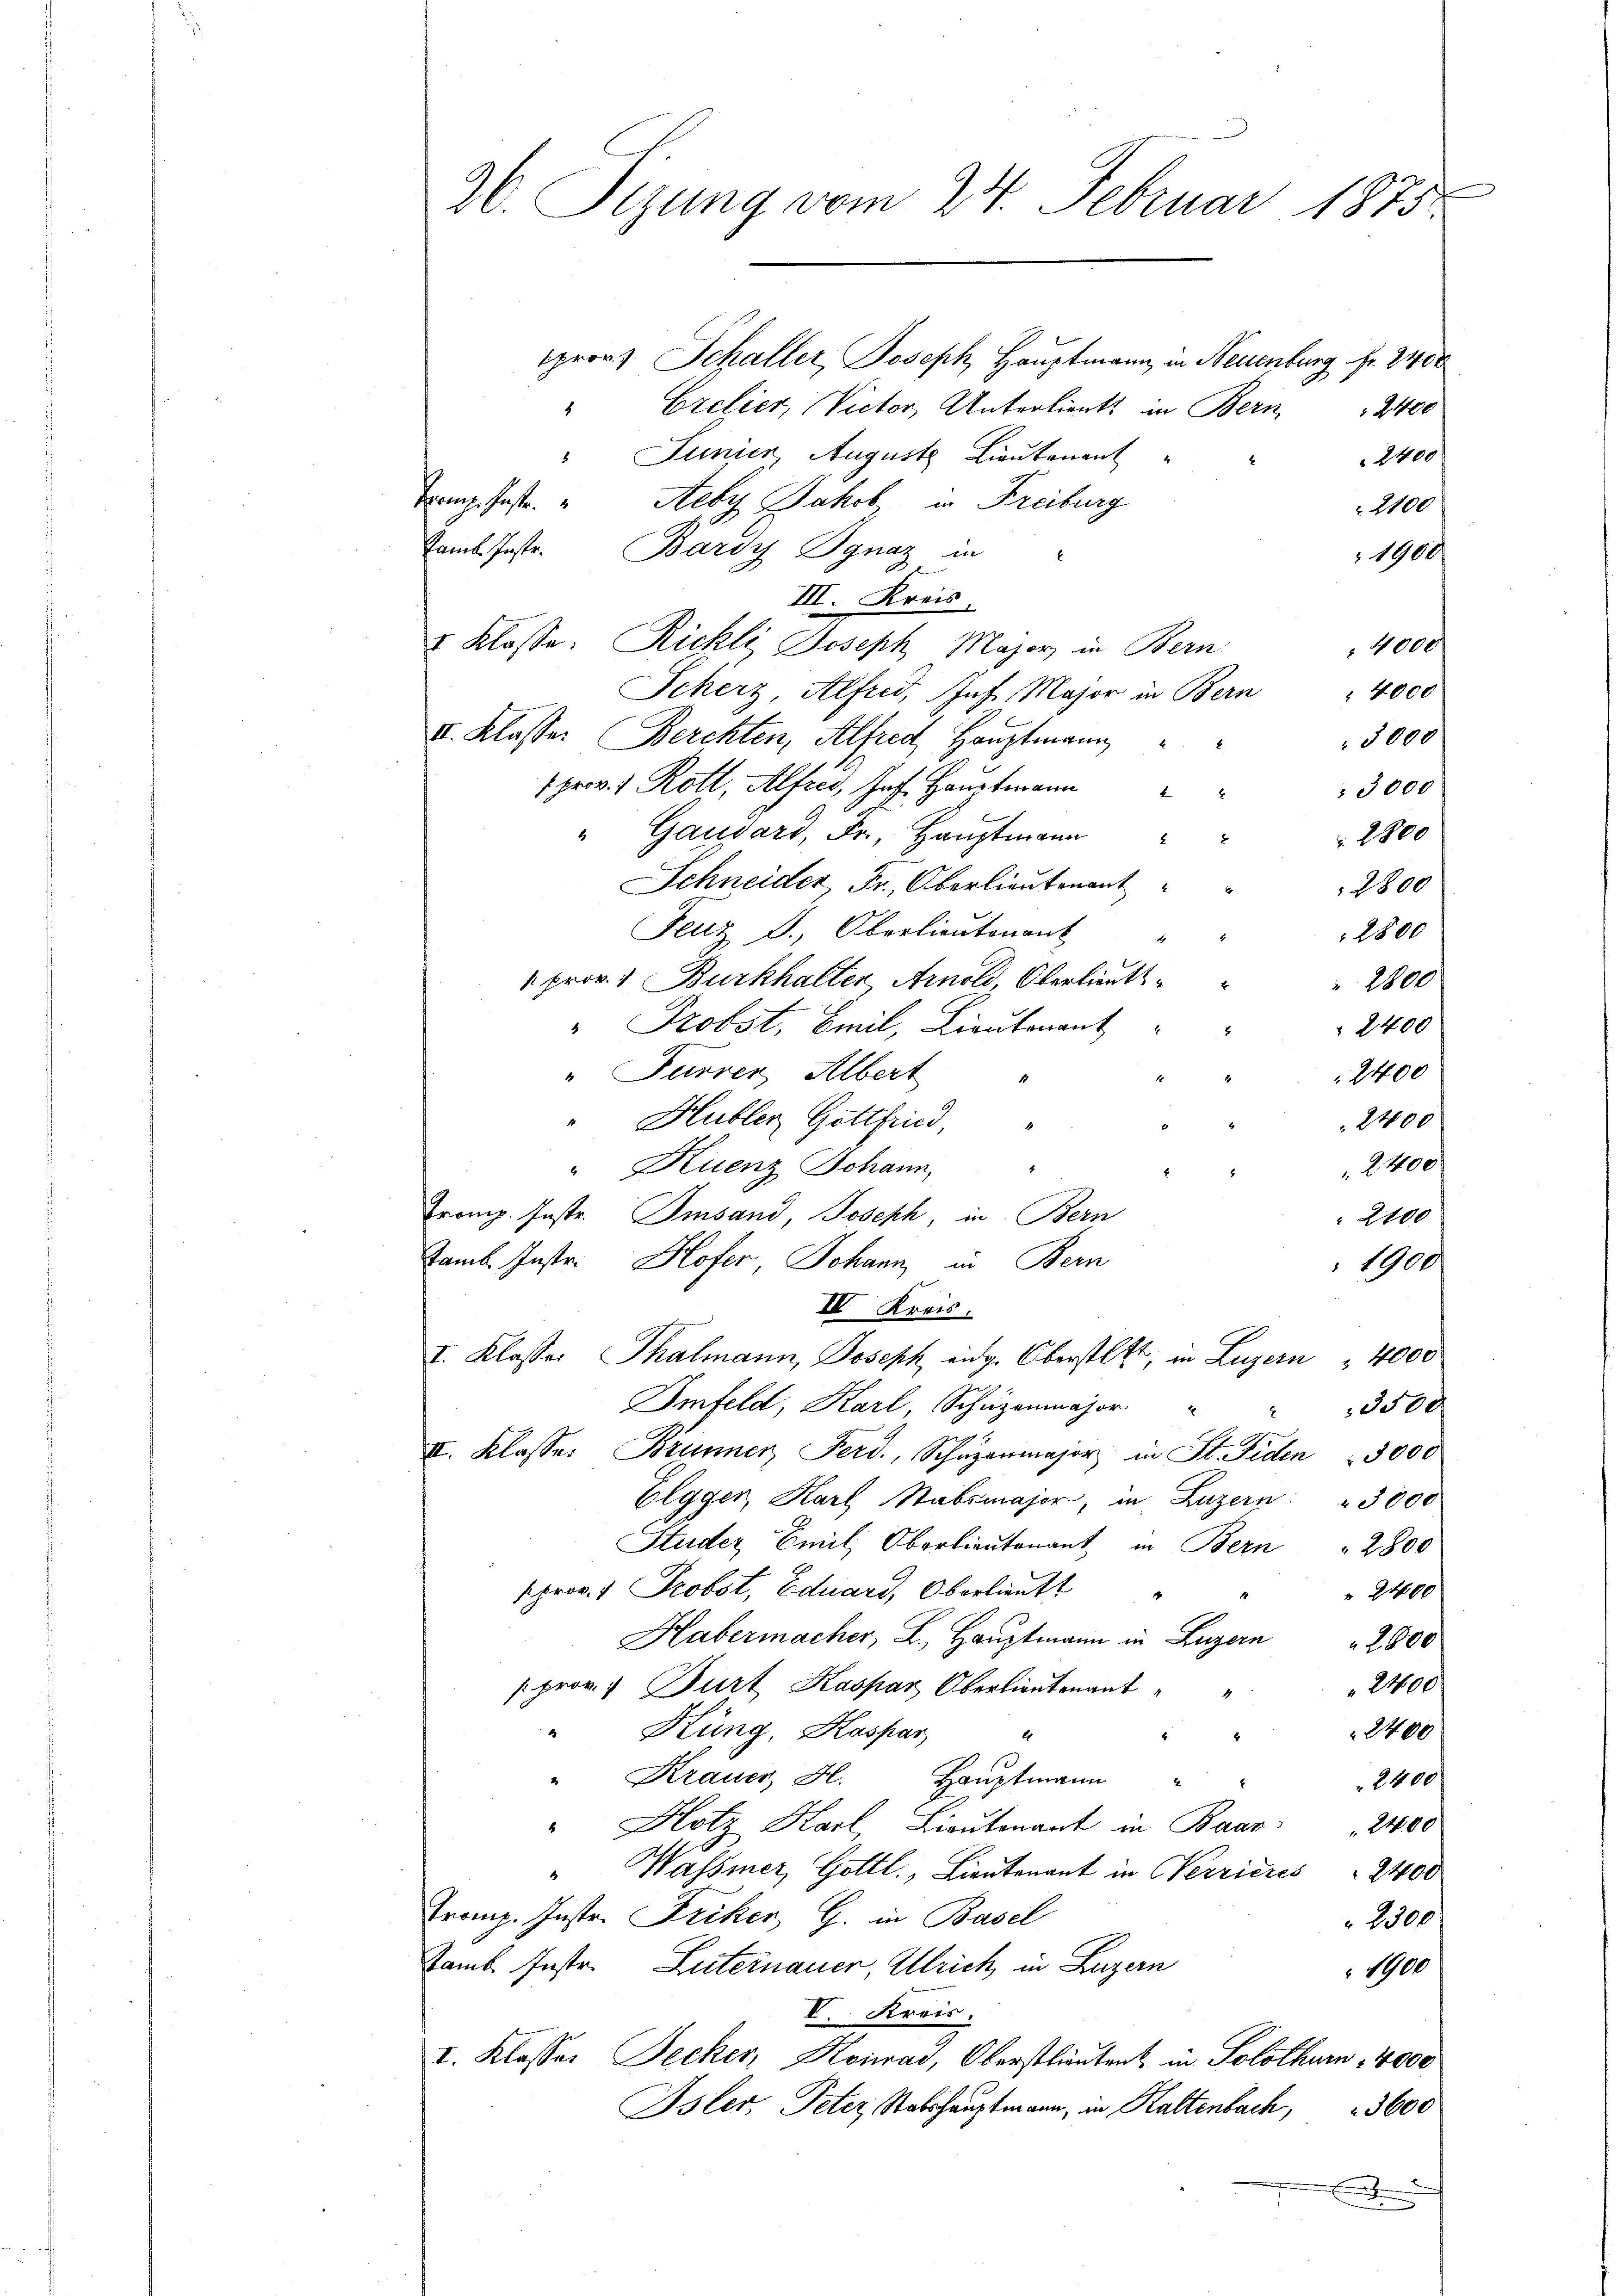
prov. Schaller, Joseph Hauptmann, in Neuenburg fr. 2400
Cretier, Victor, Unterliert in Bern,
2400
" Junien Auguste Lieutenant
2400
Frau hast.
Aebyz Jakob, in Freiburg
2100
Jamb. Instr. Bardy Ignaz in
1900
III. Kreis
I. Klasse: Richli Joseph Major in Bern
4000
Scherz Alfred, Jos. Major in Bern " 4000
II. Klasser Berchten, Alfred Hauptmann
3000
1 prov. 1. Rott, Alfred, Joh. Hauptmann
3000
" Gaudard, Fr., Hauptmann
2800
8
Schneider Fr., Oberlieutenant
2800
Feuz J., Oberlieutenant
2800
 prov. 1 Burkhalter Arnold, Oberlieutt
2800
" Probst, Emil, Lieutenant
2400
" Furrer, Albert
2400
Hubler Gottfind,
2400
2400
8.
Kuenz Johann
2
Tromp. Instr. Imband, Joseph, in Bern
2100
Kamb. Instr. Hofer Johann in Bern
1900
IV Kreis.
I. Klasser Thalmann, Joseph eidg. Oberstatt, in Luzern  4000
Imfeld, Karl Schüzenmajor " "
3500
II. Klasse: Brünner, Ferd., Schŭzenmajor in St. Fiden 3000
Elgger, Karl Stabsmajor, in Luzern: " 3000
Huder Emil Oberlieutenant in Bern " 2800
prov. 1 Probst, Eduard, Oberlieutt
2400
Habermacher L., Hauptmann in Luzern 2800
24600
prov. Durt Kaspar Oberlieutenant
2400
" Küng, Kaspar
2
" Krauer, H. Hauptmann
2400.
"Hotz Karl Lieutenant in Baar 2400
" Wassmer, Gottl., Lieutenant in Werrieres 2400
Tromp. Instr. Friker, G. in Basel
2300
Samb. Instr. Luternauer, Ulrich, in Luzern
1900
V. Kreis.
I. Klasser Secker, Konrad, Oberstlieuten in Solothurn 14000
Isler, Peter, Stabshauptmann, in Kaltenbach, 3600
.

26. Sizung vom 24. Februar 1875.